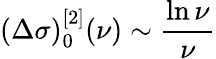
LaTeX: (\Delta\sigma)_{0}^{[2]}(\nu)\sim{\frac{\ln\nu}{\nu}}